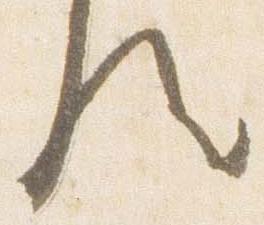
歟